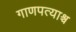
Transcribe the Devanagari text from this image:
गाणपत्याश्च